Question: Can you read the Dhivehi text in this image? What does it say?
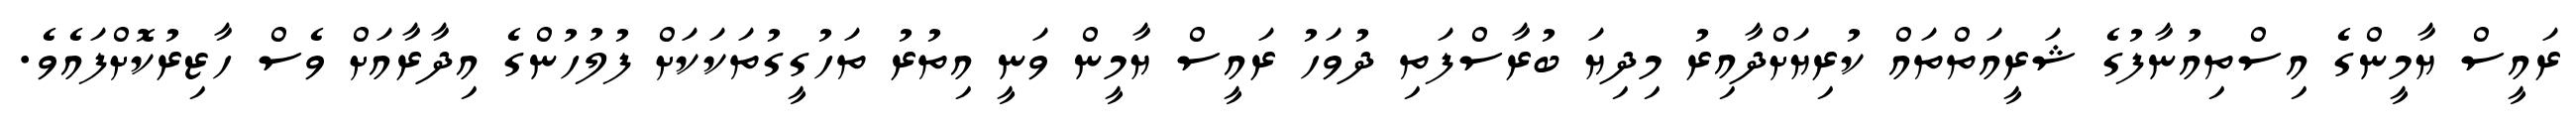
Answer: ރައީސް ޔާމީންގެ އިސްތިއުނާފުގެ ޝަރީއަތްތައް ކުރިޔަށްދާއިރު މިދިޔަ ބުރާސްފަތި ދުވަހު ރައީސް ޔާމީން ވަނީ އިތުރު ތަހުގީގުތަކަކަށް ފުލުހުންގެ އިދާރާއަށް ވެސް ހާޒިރުކޮށްފައެވެ.